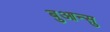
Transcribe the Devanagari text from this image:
बुआन्सु